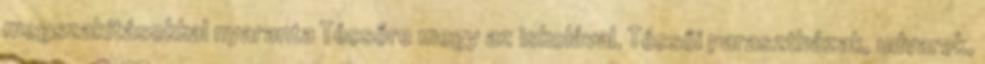
megszakításokkal nyaranta Técsőre megy az iskolával. Técsői parasztházak, udvarok,